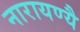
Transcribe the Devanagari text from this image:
नारायण्यै